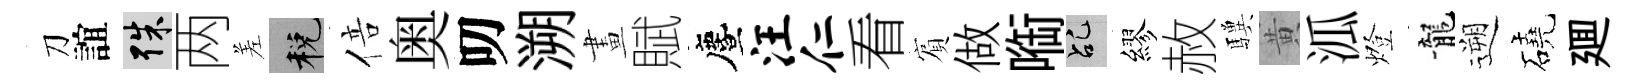
刀誼殊两差税倍奥叨溯畫賦󵨌汪仁看賔做㗸乩繆赦驥黄泒燈龍遡磽廽